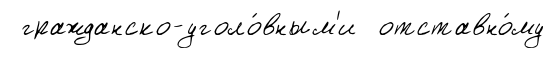
гражданско-уголо́вным'и отставно́му